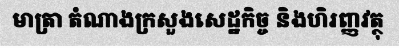
មាត្រា តំណាងក្រសួងសេដ្ឋកិច្ច និងហិរញ្ញវត្ថុ